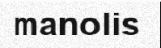
manolis